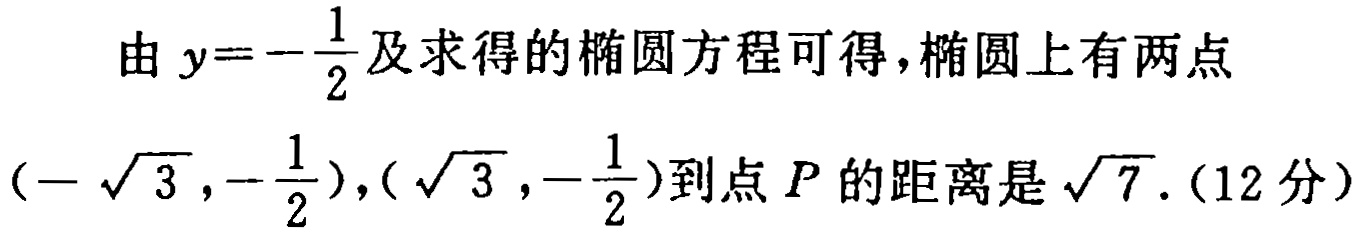
由 \(y = -\frac{1}{2}\) 及求得的椭圆方程可得，椭圆上有两点\((-\sqrt{3},-\frac{1}{2}),(\sqrt{3},-\frac{1}{2})\)到点 \(P\) 的距离是 \(\sqrt{7}\).（12 分）